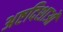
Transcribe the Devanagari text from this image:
अष्टदिशाओं